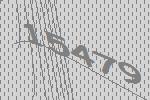
15479